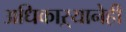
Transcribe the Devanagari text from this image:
अधिकाऱ्यानेही